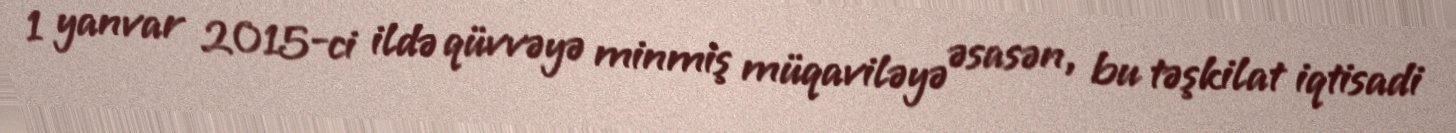
1 yanvar 2015-ci ildə qüvvəyə minmiş müqaviləyə əsasən, bu təşkilat iqtisadi